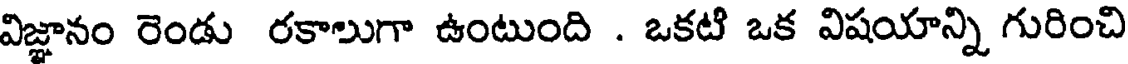
విజ్ఞానం రెండు రకాలుగా ఉంటుంది . ఒకటి ఒక విషయాన్ని గురించి